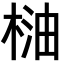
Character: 𣓐